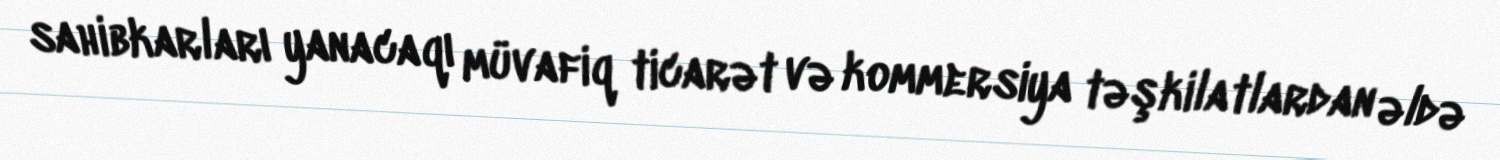
sahibkarları yanacaqı müvafiq ticarət və kommersiya təşkilatlardan əldə